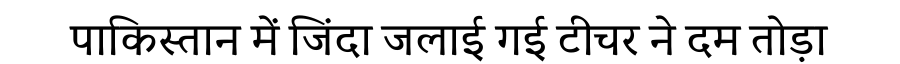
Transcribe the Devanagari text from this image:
पाकिस्तान में जिंदा जलाई गई टीचर ने दम तोड़ा